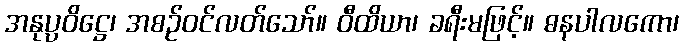
အနုပ္ပဝိဋ္ဌေ၊ အစဉ်ဝင်လတ်သော်။ ဝီထိယာ၊ ခရီးမဖြင့်။ ဓနပါလကော၊